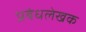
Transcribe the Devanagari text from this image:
प्रबंधलेखक